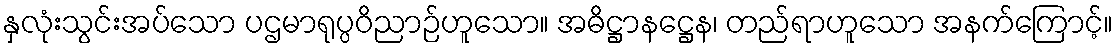
နှလုံးသွင်းအပ်သော ပဌမာရုပ္ပဝိညာဉ်ဟူသော။ အဓိဋ္ဌာနဋ္ဌေန၊ တည်ရာဟူသော အနက်ကြောင့်။